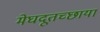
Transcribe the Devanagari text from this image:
मेघदूतच्छाया